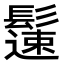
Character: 𩯀